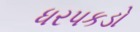
ધરપકડો